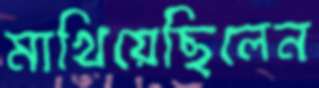
মাখিয়েছিলেন